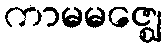
ကာမမဇ္ဈေ